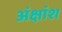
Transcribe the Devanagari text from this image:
अंक्षांश